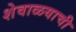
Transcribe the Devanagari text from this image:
शेवाळयाची